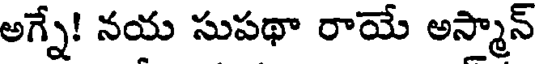
అగ్నే! నయ సుపథా రాయే అస్మాన్